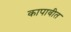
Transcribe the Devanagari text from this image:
कापावीत